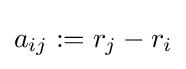
a_{ij}:=r_{j}-r_{i}